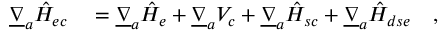
\begin{array} { r l } { \underline { { \nabla } } _ { a } \hat { H } _ { e c } } & { { } = \underline { { \nabla } } _ { a } \hat { H } _ { e } + \underline { { \nabla } } _ { a } V _ { c } + \underline { { \nabla } } _ { a } \hat { H } _ { s c } + \underline { { \nabla } } _ { a } \hat { H } _ { d s e } \quad , } \end{array}